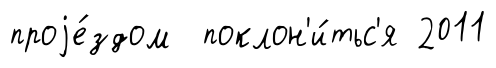
проjе́здом поклон'и́тьс'я 2011